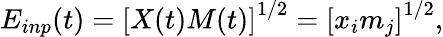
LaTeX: E_{inp}(t)=\left[X(t)M(t)\right]^{1/2}=\left[x_{i}m_{j}\right]^{1/2},